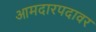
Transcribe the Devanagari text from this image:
आमदारपदावर